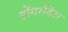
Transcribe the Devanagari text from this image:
होंगरविंटर